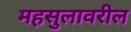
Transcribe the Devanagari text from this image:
महसुलावरील